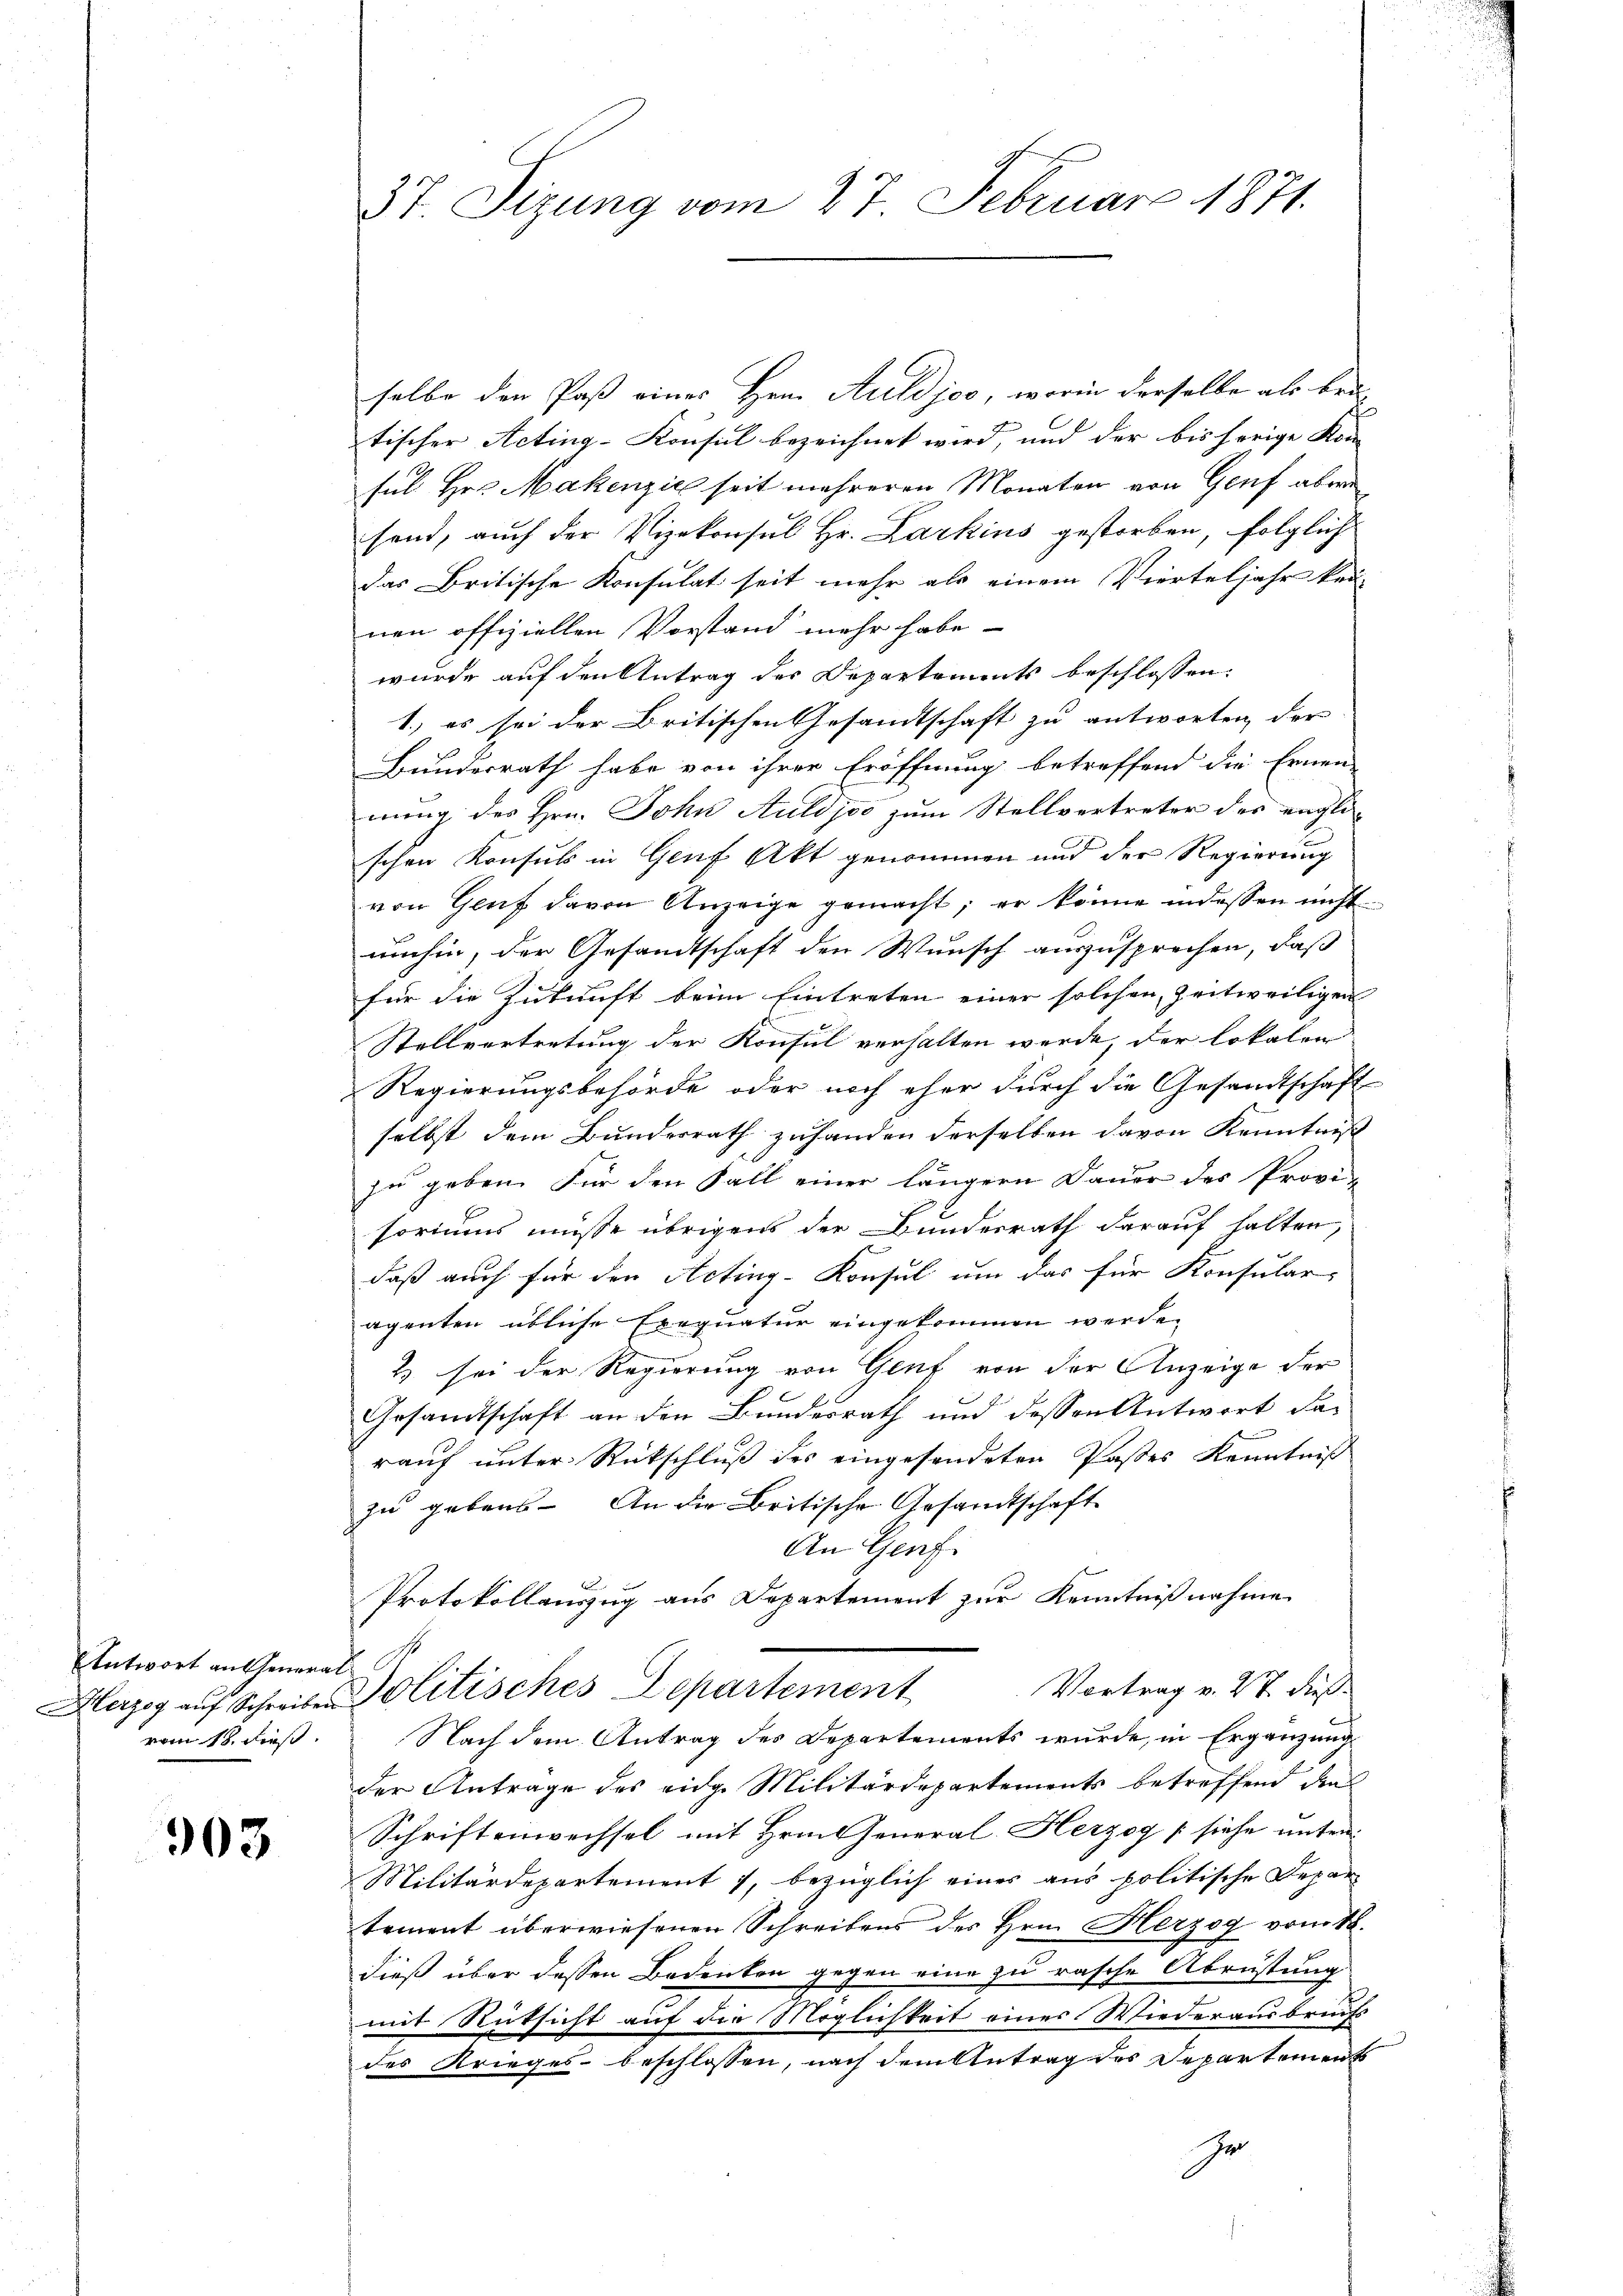
Antwort an General
erzog auf Schreiben
vom 18. dieß.

903

37 Sizung vom 27. Februar 1871.

selbe den Paß eines Hrn. Auldjos, worin derselbe als bra
tischer Acting-Konsul bezeichnet wird, und der bis herige Kon-
sul Her Makenzić seit mehreren Monaten von Genf aber
send, auch der Vizekonsul Hr. Karkins gestorben, folglich
das Britische Konsulat seit mehr als einem Vierteljahr kei-
nen offiziellen Vorstand mehr habe
wurde auf den Antrag des Departements beschlossen:
1.) es sei der Britischen Gesandtschaft zu antworten, der
Bundesrath habe von ihrer Eröffnung betreffend die Ernen-
nung des Hrn. John Auldjoo zum Stellvertreter des englischen Konsuls in Genf Akt genommen und der Regierung
von Gluf davon Anzeige gemacht; er könne indessen nicht
umhin, der Gesandtschaft den Wunsch auszusprechen, daß
für die Zukunft beim Eintreten einer solchen, zeitweiligen
Stellvertretung der Konsul verhalten werde, der lokalen
Regierungsbehörde oder noch eher durch die Gesandtschaft
selbst dem Bundesrath zuhanden derselben davon Kenntnis
zu geben. Für den Fall einer längern Dauer des Provi-
soriums müsse übrigens der Bundesrath darauf halten,
daß auch für den Acting-Konsul um das für Konsular-
agenten übliche Ernquatur eingekommen werde.
2 sei der Regierung von Genf von der Anzeige der
Gesamtschaft an den Bundesrath und dessen Antwort da-
rauf unter Rückschluß des eingesendeten Pastes Kenntniß
zu gebens. An die Britische Gesandtschaft
An Genf.
Protokollenzug aus Departement zur Kenntnißnahme
s
Vortrag v. 27. dieß.
Politisches Departement
Nach dem Antrag des Departements wurde, in Ergänzung
der Antrage des eidg. Militärdepartements betreffend den
Schriftenwechsel mit Hrn. General-Herzog [siehe unter¬
Militärdepartement 7, bezüglich eines aus politische Depar
tement überwiesenen Schreibens des Hrn. Herzog vom 18.
E
dieß über dessen Bedenken gegen eine zu rasche Abrüstung
mit Rüksicht auf die Möglichkeit eines Wiederausbruchs
des Krieges beschlossen, nach dem Antrag des Departement
Ir